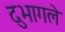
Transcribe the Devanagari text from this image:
दुभागले